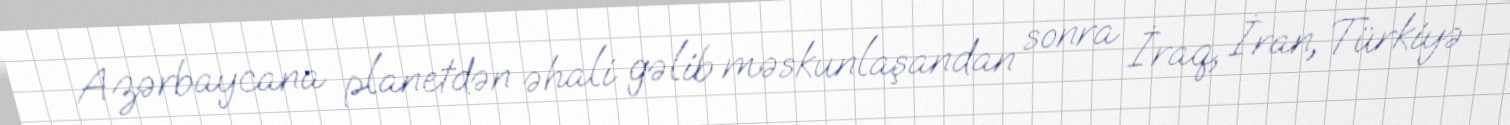
Azərbaycana planetdən əhali gəlib məskunlaşandan sonra İraq, İran, Türkiyə